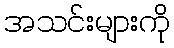
အသင်းများကို